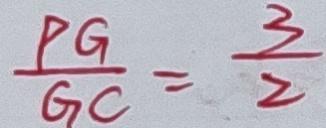
\frac { P G } { G C } = \frac { 3 } { 2 }